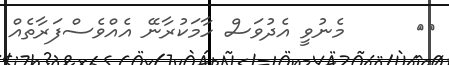
٥٩      މެނުވީ އެދުވަސް ހާމަކުރާނޭ އެއްވެސްފަރާތެއް